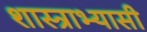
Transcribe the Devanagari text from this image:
शास्त्राभ्यासी